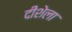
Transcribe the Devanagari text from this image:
दीशेला